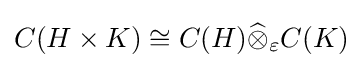
C(H\times K)\cong C(H){\widehat {\otimes }}_{\varepsilon }C(K)